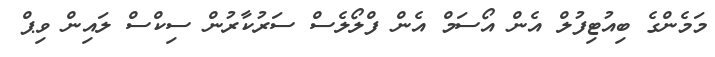
މަމެންގެ ބިއުޓިފުލް އެން އޯސަމް އެން ފްލޯލެސް ސަރުކާރުން ސިކްސް ލައިން ވިޕް